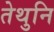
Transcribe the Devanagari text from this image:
तेथुनि